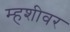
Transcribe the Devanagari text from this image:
म्हशीवर